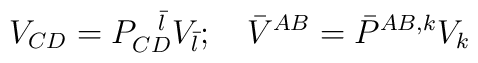
V_{CD} = P_{CD}^{\ \ \bar l} V_{\bar l} ; \quad \bar V^{AB} = \bar P^{AB,k}V_k